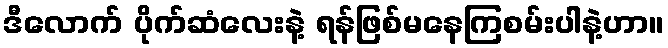
ဒီလောက် ပိုက်ဆံလေးနဲ့ ရန်ဖြစ်မနေကြစမ်းပါနဲ့ဟာ။